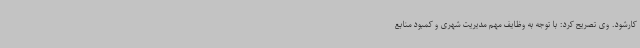
کارشود. وی تصریح کرد: با توجه به وظایف مهم مدیریت شهری و کمبود منابع